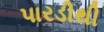
પારડીથી